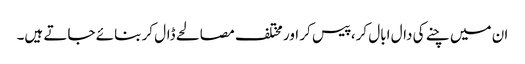
ان میں چنے کی دال ابال کر، پیس کر اور مختلف مصالحے ڈال کر بنائے جاتے ہیں۔